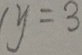
y = 3